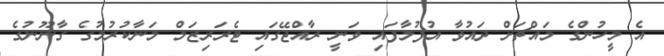
އެ މީހުންގެ މައްޗަށް ދައުވާ އުފުލާފައި ވަނީ ރާއްޖޭގައި ޓެރަރިޒަމް މަނާކުރުމުގެ ގާނޫނުގެ